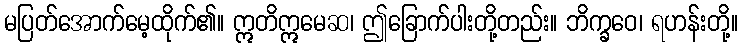
မပြတ်အောက်မေ့ထိုက်၏။ ဣတိဣမေဆ၊ ဤခြောက်ပါးတို့တည်း။ ဘိက္ခဝေ၊ ရဟန်းတို့။